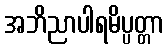
အဘိညာပါရမိပ္ပတ္တာ